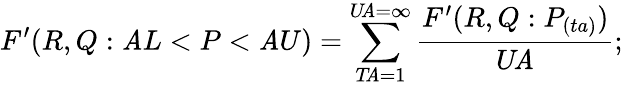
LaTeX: F^{\prime}(R,Q:\mathit{A}L<P<\mathit{A}U)=\sum_{T\! \mathit{A}=1}^{U\! \mathit{A}=\infty}{\frac{{F^{\prime}(R,Q:P_{(ta)})}}{{U\! \mathit{A}}}};\,